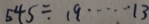
5 4 5 \div 1 9 \cdots 1 3